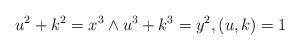
LaTeX: \begin{align*}u^2+k^2=x^3 \wedge u^3+k^3=y^2, (u,k)=1\end{align*}